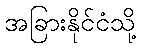
အခြားနိုင်ငံသို့